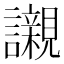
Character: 𧭼